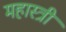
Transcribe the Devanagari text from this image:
महास्त्री